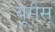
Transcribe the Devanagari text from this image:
यूरीस्